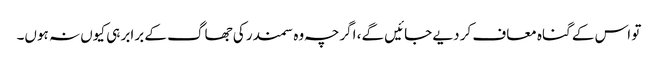
تو اس کے گناہ معاف کر دیے جائیں گے، اگرچہ وہ سمندر کی جھاگ کے برابر ہی کیوں نہ ہوں۔